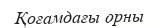
Қоғамдағы орны